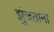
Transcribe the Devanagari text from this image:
झुंजताना